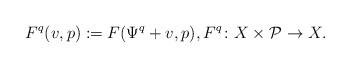
LaTeX: \begin{align*} F^q(v,p) := F(\Psi^q + v, p),F^q\colon X\times\mathcal P\to X.\end{align*}